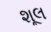
શૂલ